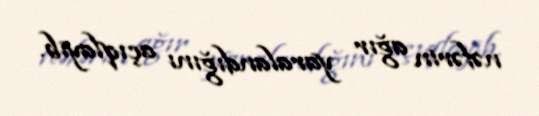
nəfərin ağır yaralandığını açıqlayıb.